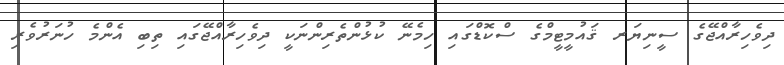
ދިވެހިރާއްޖޭގެ ސީނިޔަރ ޤައުމީޓީމްގެ ސްކޮޑްގައި ހިމެނޭ ކުޅުންތެރިންނަކީ ދިވެހިރާއްޖޭގައި ތިބި އެންމެ ހުނަރުވެރި